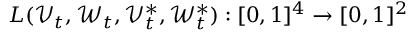
L ( \mathcal { V } _ { t } , \mathcal { W } _ { t } , \mathcal { V } _ { t } ^ { * } , \mathcal { W } _ { t } ^ { * } ) : [ 0 , 1 ] ^ { 4 } \to [ 0 , 1 ] ^ { 2 }